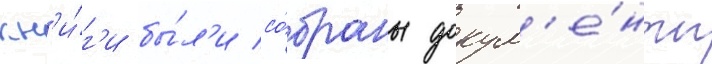
кн'и́г'и бы́л'и со́браны докум'е́нты